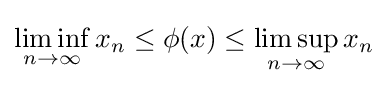
\liminf _{n\to \infty }x_{n}\leq \phi (x)\leq \limsup _{n\to \infty }x_{n}